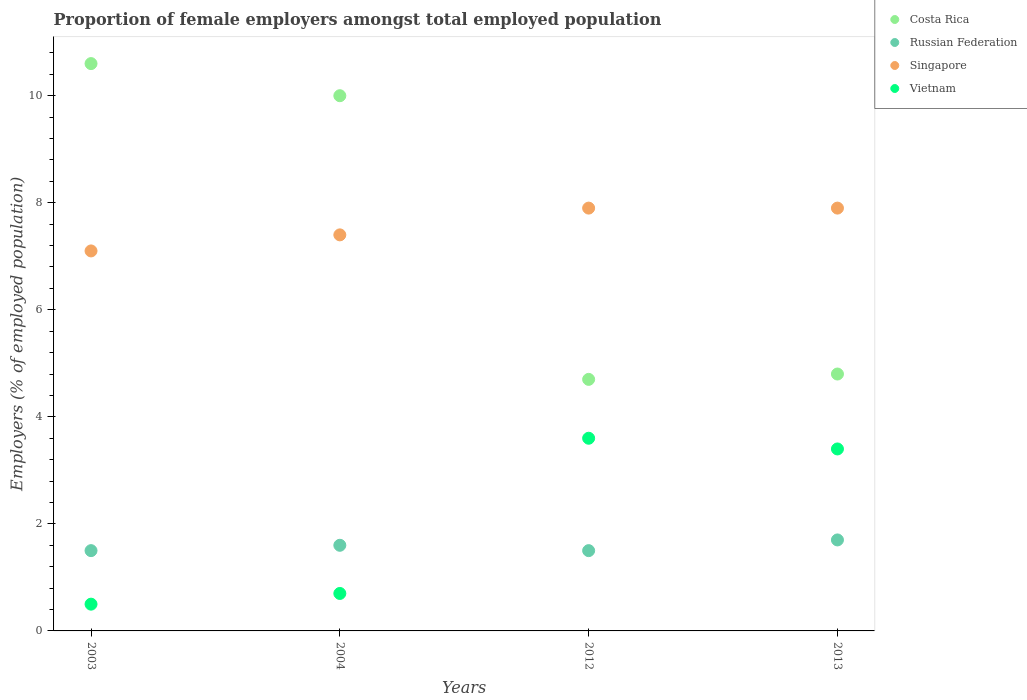
| Years | Costa Rica | Russian Federation | Singapore | Vietnam |
 | --- | --- | --- | --- | --- |
 | 2003 | 10.6 | 1.5 | 7.1 | 0.5 |
 | 2004 | 10 | 1.6 | 7.4 | 0.7 |
 | 2012 | 4.7 | 1.5 | 7.9 | 3.6 |
 | 2013 | 4.8 | 1.7 | 7.9 | 3.4 |